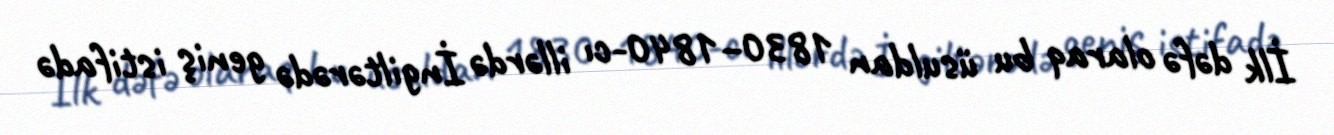
İlk dəfə olaraq bu üsuldan 1830–1840-cı illərdə İngiltərədə geniş istifadə